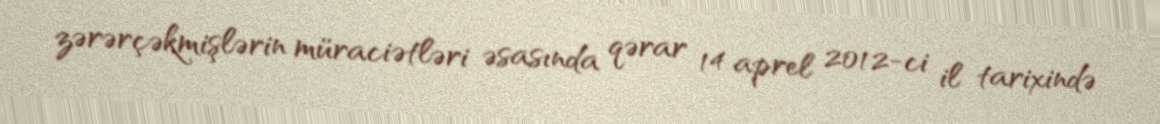
zərərçəkmişlərin müraciətləri əsasında qərar 14 aprel 2012-ci il tarixində